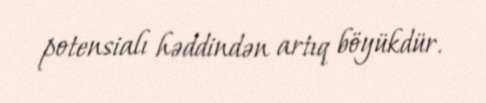
potensialı həddindən artıq böyükdür.